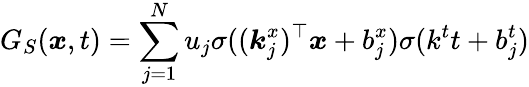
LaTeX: G_{S}(\boldsymbol{x},t)=\sum_{j=1}^{N}u_{j}\sigma((\boldsymbol{k}_{j}^{x})^{\top}\boldsymbol{x}+b_{j}^{x})\sigma(k^{t}t+b_{j}^{t})